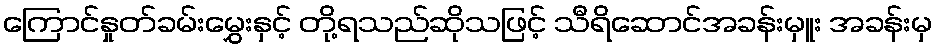
ကြောင်နှုတ်ခမ်းမွှေးနှင့် တို့ရသည်ဆိုသဖြင့် သီရိဆောင်အခန်းမှူး အခန်းမှ